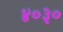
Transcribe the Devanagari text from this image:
४०३०